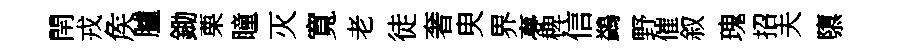
閈戎矦臚鋤栗瞳灭寬老徒奢㬰界夣椑信鷁野催叙瑰招夫隳